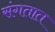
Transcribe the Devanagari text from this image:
संगतात